Veterinary regulations India, 1925 -
Year: 1925
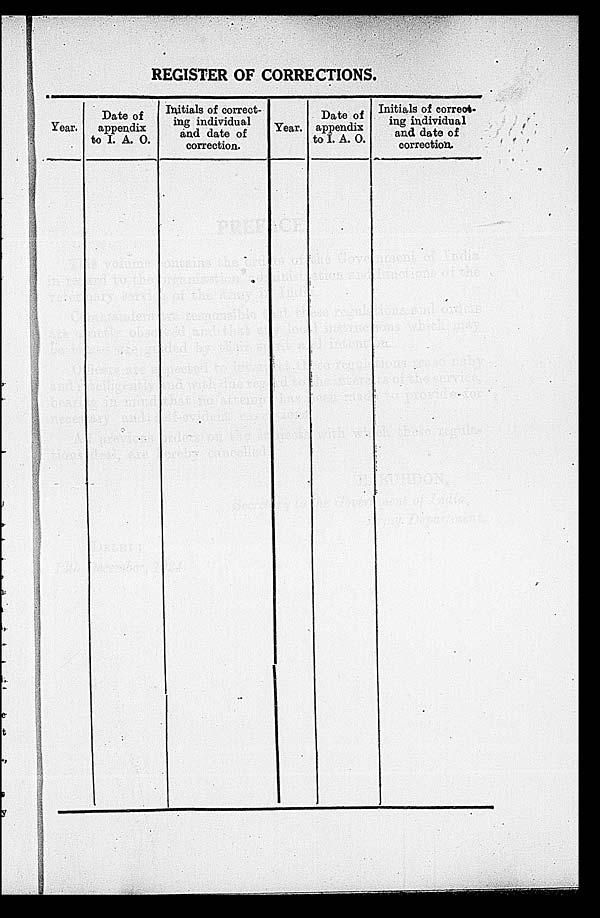
REGISTER OF CORRECTIONS.
Year.
Date of
appendix
to I. A. O.
Initials of correct-
ing individual
and date of
correction.
Year.
Date of
appendix
to I. A. O.
Initials of correct-
ing individual
and date of
correction.